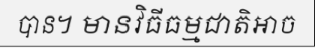
បាន។ មានវិធីធម្មជាតិអាច